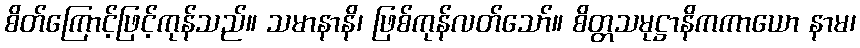
စိတ်ကြောင့်ဖြင့်ကုန်သည်။ သမာနာနိ၊ ဖြစ်ကုန်လတ်သော်။ စိတ္တသမုဋ္ဌာနိကကာယော နာမ၊